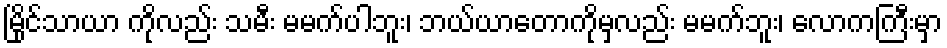
မြိုင်သာယာ ကိုလည်း သမီး မမက်ပါဘူး၊ ဘယ်ယာတောကိုမှလည်း မမက်ဘူး၊ လောကကြီးမှာ